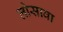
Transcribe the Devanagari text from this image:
लोसावा